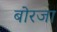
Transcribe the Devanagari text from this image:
बोरजा